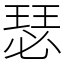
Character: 瑟